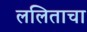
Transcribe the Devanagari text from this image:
ललिताचा